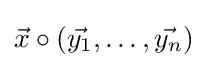
{\vec {x}}\circ ({\vec {y_{1}}},\ldots ,{\vec {y_{n}}})